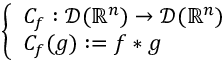
\left\{ \begin{array} { l l } { C _ { f } : { \mathcal { D } } ( \mathbb { R } ^ { n } ) \to { \mathcal { D } } ( \mathbb { R } ^ { n } ) } \\ { C _ { f } ( g ) : = f \ast g } \end{array} \right.